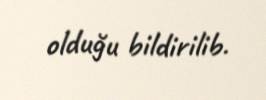
olduğu bildirilib.